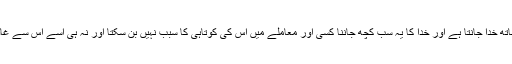
اس دنیا میں پائے جانے والے تمام کروں کو اس کے ایک ایک ذرے کے ساتھ خدا جانتا ہے اور خدا کا یہ سب کچھ جاننا کسی اور معاملے میں اس کی کوتاہی کا سبب نہیں بن سکتا اور نہ ہی اسے اس سے غافل کرتا ہے کہ وہ اپنی باشعور مخلوق کے ساتھ کس طرح کا معاملہ کرے۔